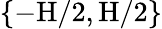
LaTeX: \{ -\textup{H}/2,\textup{H}/2\}